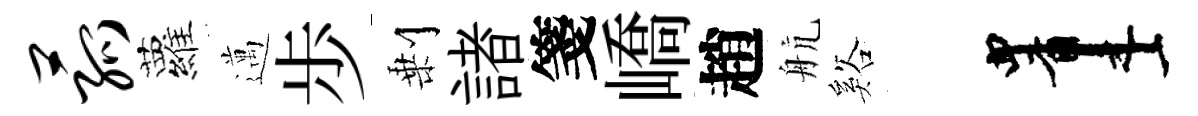
菰蘿邁歩剰諸箋嶠趙航谿画